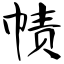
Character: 帻